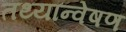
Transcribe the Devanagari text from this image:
तथ्यान्वेषण